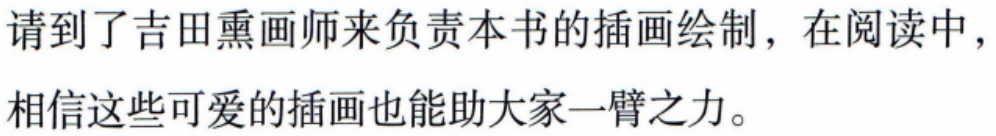
请到了吉田熏画师来负责本书的插画绘制，在阅读中，

相信这些可爱的插画也能助大家一臂之力。